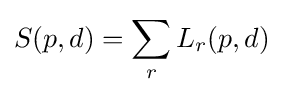
S(p,d)=\sum _{r}L_{r}(p,d)